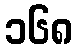
၁၆၈